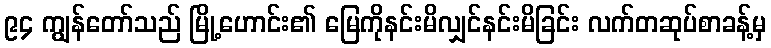
၉၄ ကျွန်တော်သည် မြို့ဟောင်း၏ မြေကိုနင်းမိလျှင်နင်းမိခြင်း လက်တဆုပ်စာခန့်မှ